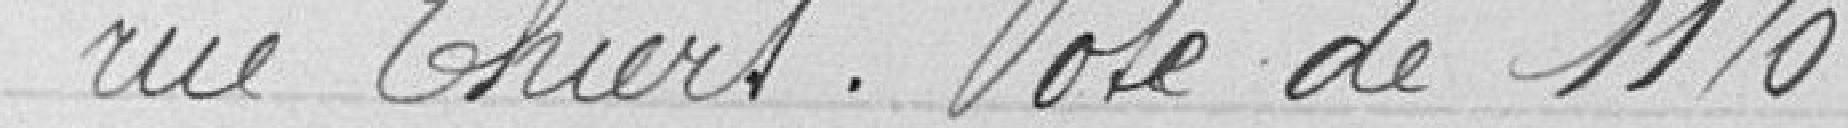
rue Thiers. Vote de